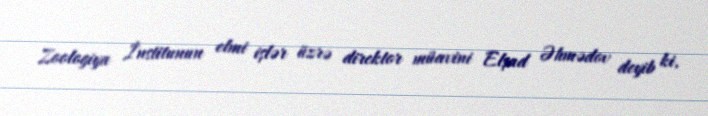
Zoologiya İnstitunun elmi işlər üzrə direktor müavini Elşad Əhmədov deyib ki,